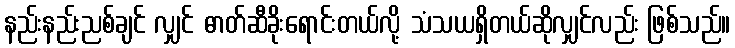
နည်းနည်းညစ်ချင် လျှင် ဓာတ်ဆီခိုးရောင်းတယ်လို့ သံသယရှိတယ်ဆိုလျှင်လည်း ဖြစ်သည်။